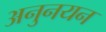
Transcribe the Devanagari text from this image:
अनुनयन